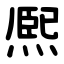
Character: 熈